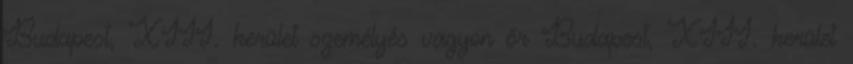
Budapest, XIII. kerület személyés vagyon őr Budapest, XIII. kerület